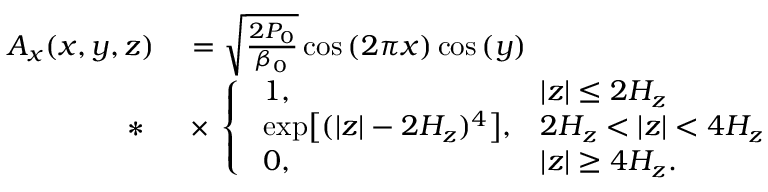
\begin{array} { r l } { A _ { x } ( x , y , z ) } & { { } = \sqrt { \frac { 2 P _ { 0 } } { \beta _ { 0 } } } \cos { \left( 2 \pi x \right) } \cos { \left( y \right) } } \\ { * \mathrm { ~ } } & { { } \times \, \left\{ \begin{array} { l l } { ~ 1 , } & { | z | \leq 2 H _ { z } } \\ { ~ \exp \bigl [ ( | z | - 2 H _ { z } ) ^ { 4 } \bigr ] , } & { 2 H _ { z } < | z | < 4 H _ { z } } \\ { ~ 0 , } & { | z | \geq 4 H _ { z } . } \end{array} \right. } \end{array}